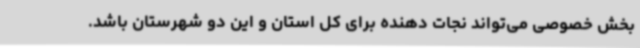
بخش خصوصی می‌تواند نجات دهنده برای کل استان و این دو شهرستان باشد.